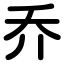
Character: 乔